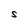
Character: S